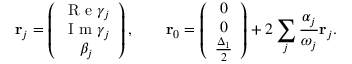
\mathbf { r } _ { j } = \left( \begin{array} { c } { \textrm { R e } \gamma _ { j } } \\ { \textrm { I m } \gamma _ { j } } \\ { \beta _ { j } } \end{array} \right) , \qquad \mathbf { r } _ { 0 } = \left( \begin{array} { c } { 0 } \\ { 0 } \\ { \frac { \Delta _ { 1 } } { 2 } } \end{array} \right) + 2 \sum _ { j } \frac { \alpha _ { j } } { \omega _ { j } } \mathbf { r } _ { j } .